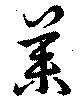
荼